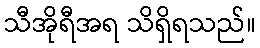
သီအိုရီအရ သိရှိရသည်။